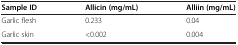
<table><thead><tr><td><b>Sample ID</b></td><td><b>Allicin (mg/mL)</b></td><td><b>Alliin (mg/mL)</b></td></tr></thead><tbody><tr><td>Garlic flesh</td><td>0.233</td><td>0.04</td></tr><tr><td>Garlic skin</td><td>&lt;0.002</td><td>0.004</td></tr></tbody></table>